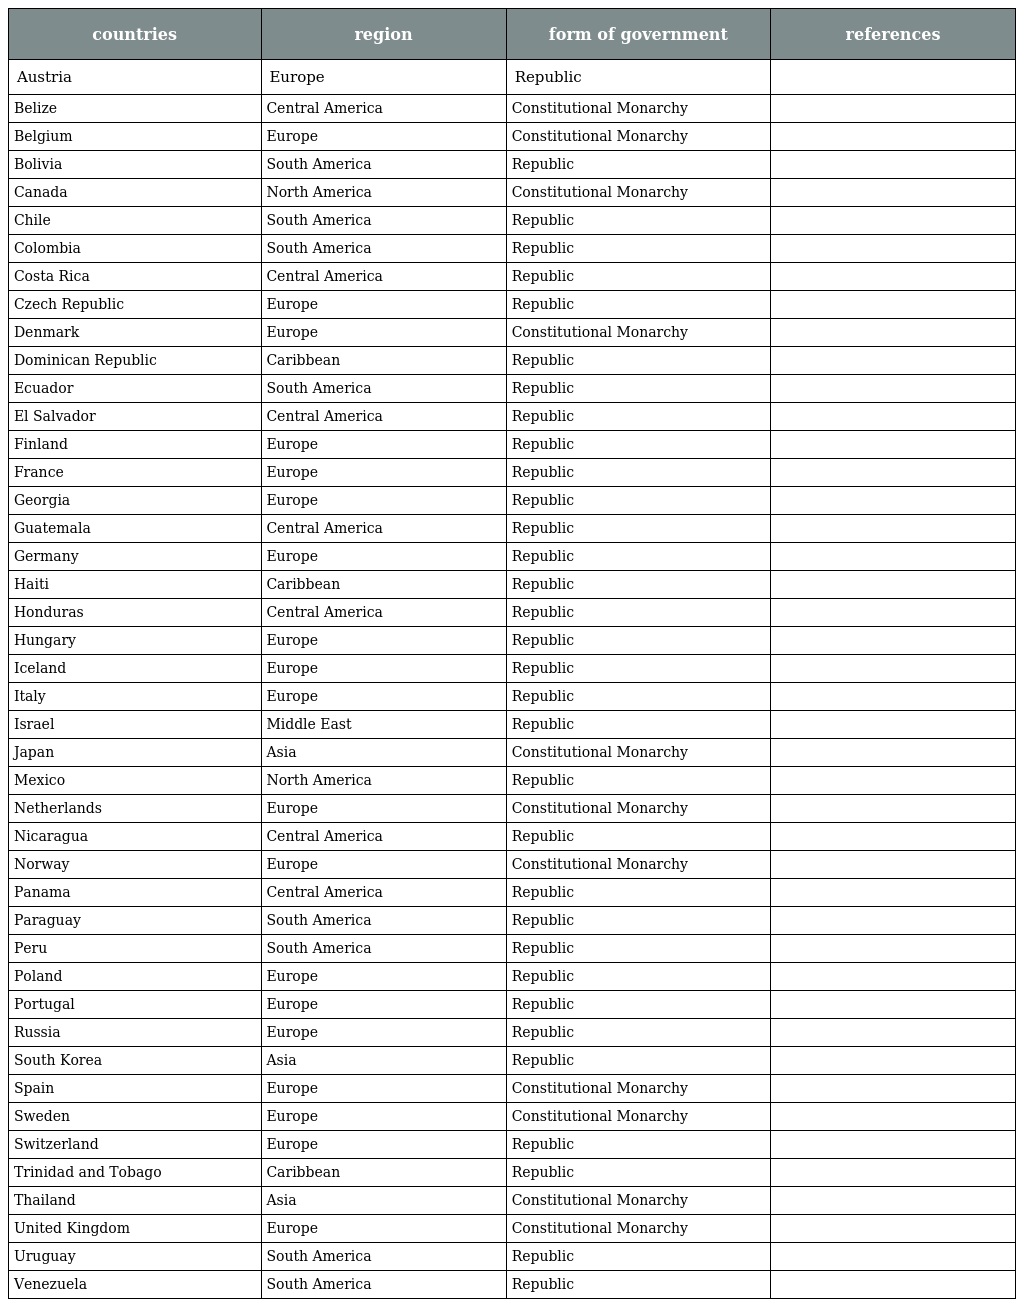
| countries | region | form of government | references |
 | --- | --- | --- | --- |
 | Austria | Europe | Republic |  |
 | Belize | Central America | Constitutional Monarchy |  |
 | Belgium | Europe | Constitutional Monarchy |  |
 | Bolivia | South America | Republic |  |
 | Canada | North America | Constitutional Monarchy |  |
 | Chile | South America | Republic |  |
 | Colombia | South America | Republic |  |
 | Costa Rica | Central America | Republic |  |
 | Czech Republic | Europe | Republic |  |
 | Denmark | Europe | Constitutional Monarchy |  |
 | Dominican Republic | Caribbean | Republic |  |
 | Ecuador | South America | Republic |  |
 | El Salvador | Central America | Republic |  |
 | Finland | Europe | Republic |  |
 | France | Europe | Republic |  |
 | Georgia | Europe | Republic |  |
 | Guatemala | Central America | Republic |  |
 | Germany | Europe | Republic |  |
 | Haiti | Caribbean | Republic |  |
 | Honduras | Central America | Republic |  |
 | Hungary | Europe | Republic |  |
 | Iceland | Europe | Republic |  |
 | Italy | Europe | Republic |  |
 | Israel | Middle East | Republic |  |
 | Japan | Asia | Constitutional Monarchy |  |
 | Mexico | North America | Republic |  |
 | Netherlands | Europe | Constitutional Monarchy |  |
 | Nicaragua | Central America | Republic |  |
 | Norway | Europe | Constitutional Monarchy |  |
 | Panama | Central America | Republic |  |
 | Paraguay | South America | Republic |  |
 | Peru | South America | Republic |  |
 | Poland | Europe | Republic |  |
 | Portugal | Europe | Republic |  |
 | Russia | Europe | Republic |  |
 | South Korea | Asia | Republic |  |
 | Spain | Europe | Constitutional Monarchy |  |
 | Sweden | Europe | Constitutional Monarchy |  |
 | Switzerland | Europe | Republic |  |
 | Trinidad and Tobago | Caribbean | Republic |  |
 | Thailand | Asia | Constitutional Monarchy |  |
 | United Kingdom | Europe | Constitutional Monarchy |  |
 | Uruguay | South America | Republic |  |
 | Venezuela | South America | Republic |  |